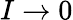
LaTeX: I\rightarrow 0